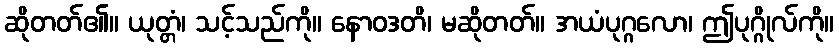
ဆိုတတ်၏။ ယုတ္တံ၊ သင့်သည်ကို။ နောဝဒတိ၊ မဆိုတတ်။ အယံပုဂ္ဂလော၊ ဤပုဂ္ဂိုလ်ကို။